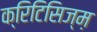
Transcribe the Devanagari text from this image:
क्रिटिसिज्म़